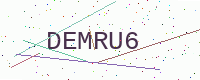
Text: DEMRU6